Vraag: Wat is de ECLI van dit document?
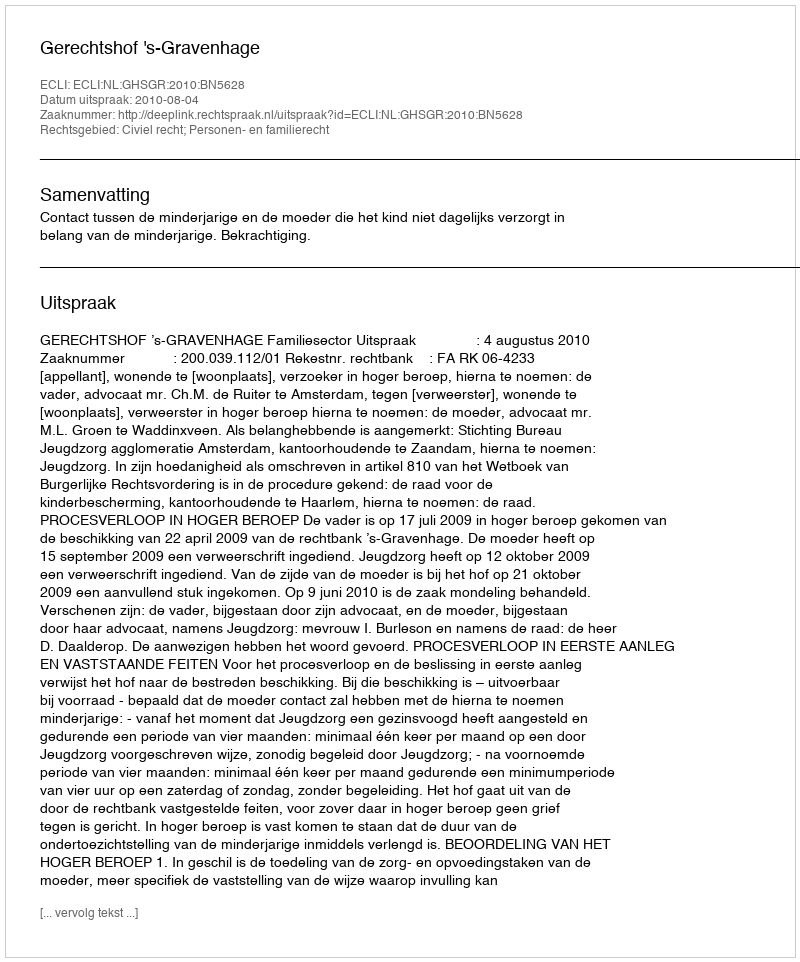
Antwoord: ECLI:NL:GHSGR:2010:BN5628